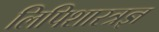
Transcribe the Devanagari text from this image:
लिपिशास्त्रज्ञ